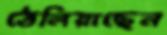
ঠেলিয়াছেন